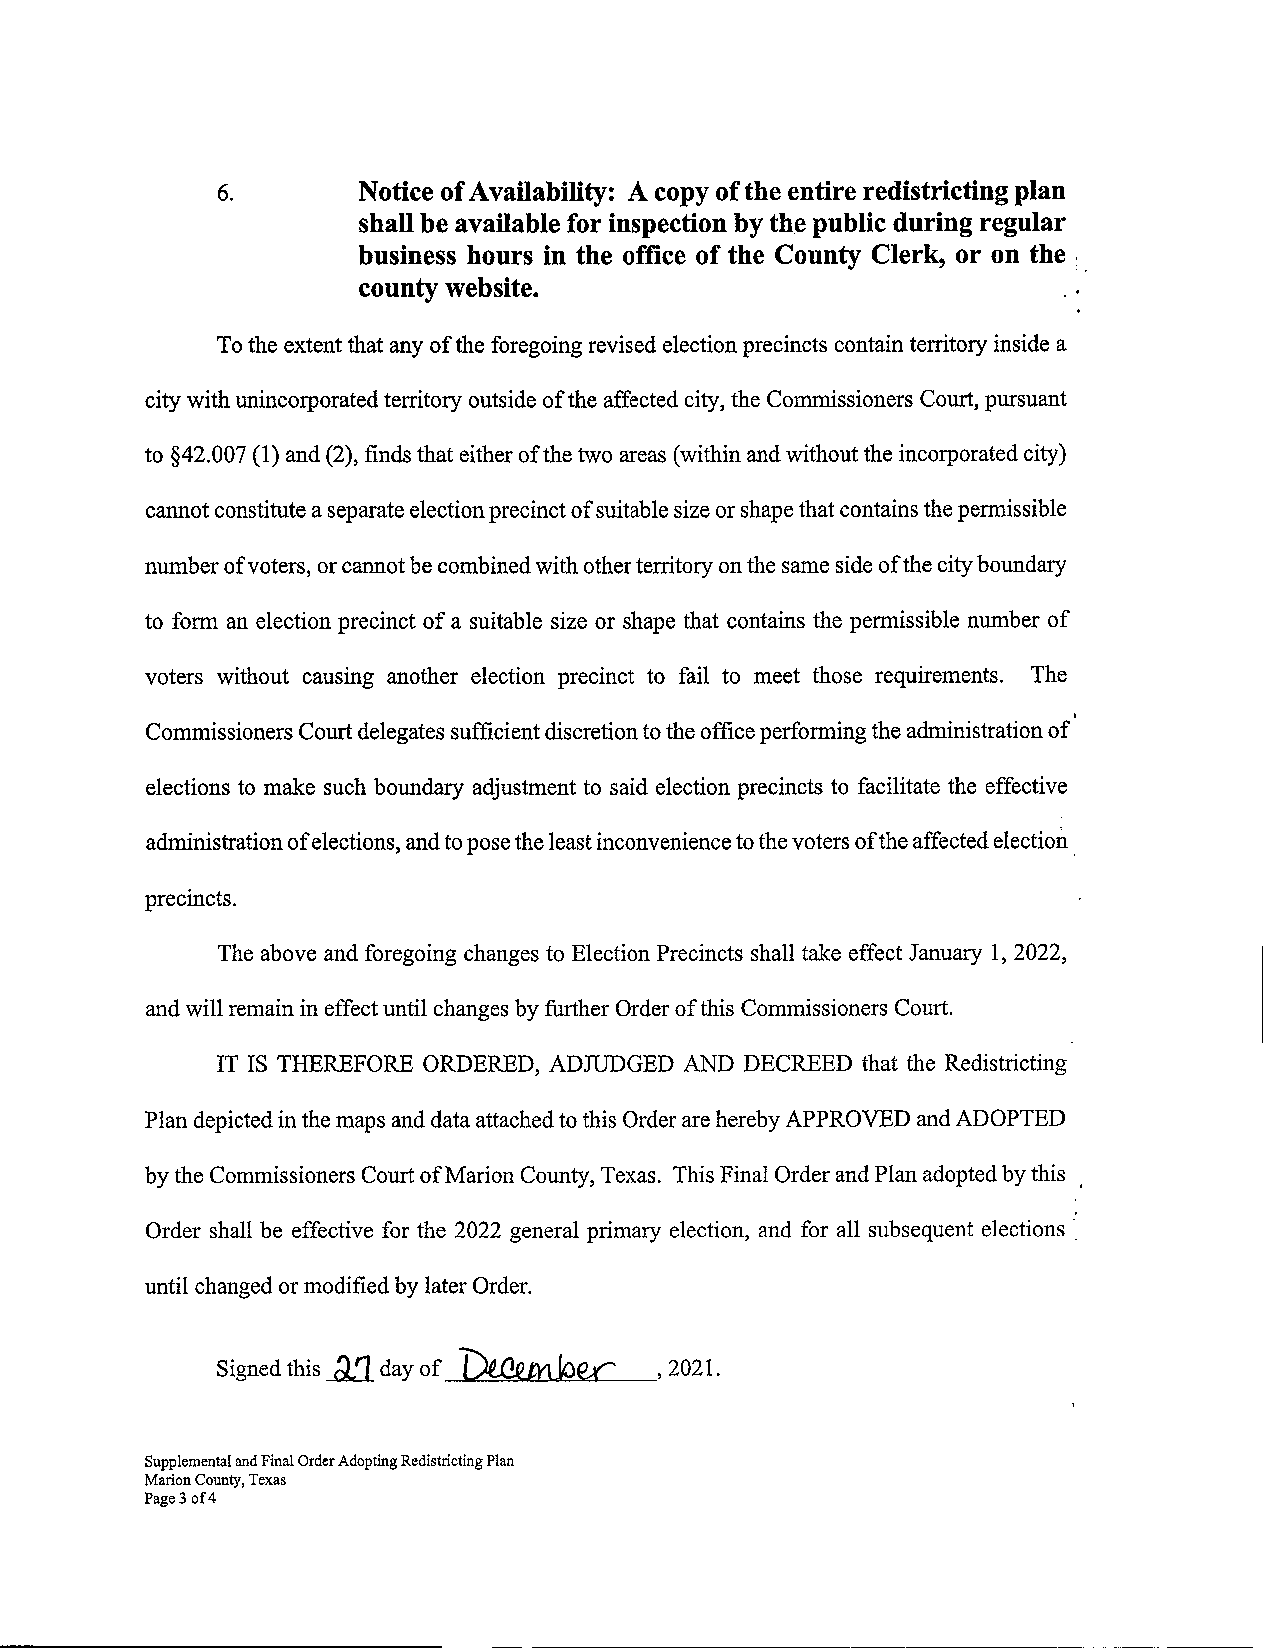
6.        Notice ofAvailability: A copy of the entire redistricting plan
 shall be available for inspection by the public during regular
 business hours in the office of the County Clerk, or on the :.
 county website.
 Tothe extent that any of the foregoing revised election precincts contain territory inside a
 city with unincorporated territory outside ofthe affected city, the Commissioners Court, pursuant
 to §42.007 (1) and (2),finds that either ofthe two areas (within andwithout the incorporated city)
 cannot constitute aseparate election precinct ofsuitable sizeorshapethat contains thepermissible
 number ofvoters, orcannot be combined with otherterritory onthe same sideofthe cityboundary
 to form an election precinct of a suitable size or shape that contains the permissible number of
 voters without causing another election precinct to fail to meet those requirements. The
 .
 Commissioners Court delegates sufficient discretion tothe officeperforming the administration of
 elections to make such boundary adjustment to said election precincts to facilitate the effective
 administration ofelections, andtoposetheleastinconvenience tothevoters ofthe affected election.
 precincts.
 The above and foregoing changes to Election Precincts shall take effect January 1,2022,
 and will remain in effect until changes by further Order of this Commissioners Court.
 IT IS THEREFORE ORDERED, ADruDGED AND DECREED that the Redistricting
 Plan depicted inthe maps and data attached tothis Orderarehereby APPROVED andADOPTED
 by the Commissioners Court ofMarion County, Texas. This Final Order andPlan adopted bythis .
 Order shall be effective for the 2022 general primary election, and for all subsequent elections ..
 until changed ormodified by later Order.
 "Dt.cem.Joec
 Signed this_.d.1day of        ,2021.
 Supplemental andFinal OrderAdopting Redistricting Plan
 Marion County, Texas
 Page3of4